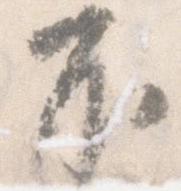
不